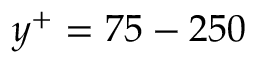
y ^ { + } = 7 5 - 2 5 0